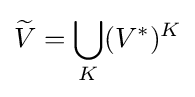
{\widetilde {V}}=\bigcup _{K}(V^{*})^{K}